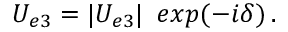
U _ { e 3 } = | U _ { e 3 } | \, ~ e x p { ( - i \delta ) } \, .